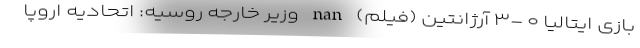
بازی ایتالیا ۰ -۳ آرژانتین (فیلم) nan وزیر خارجه روسیه: اتحادیه‌ اروپا